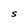
Character: S